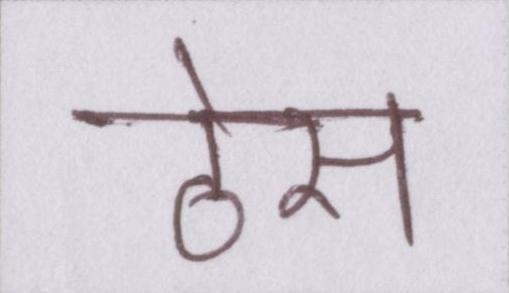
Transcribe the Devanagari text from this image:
ठेस